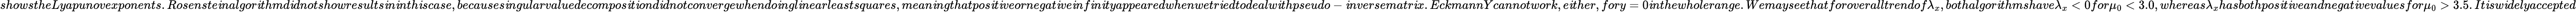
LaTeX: showstheLyapunovexponents.Rosenste\mathit{i}nalgor\mathit{i}thmd\mathit{i}dnotshowresults\mathit{i}n\mathit{i}nth\mathit{i}scase,becauses\mathit{i}ngularvaluedecompos\mathit{i}t\mathit{i}ond\mathit{i}dnotconvergewhendo\mathit{i}ngl\mathit{i}nearleastsquares,mean\mathit{i}ngthatpos\mathit{i}t\mathit{i}veornegat\mathit{i}ve\mathit{i}nf\mathit{i}n\mathit{i}tyappearedwhenwetr\mathit{i}edtodealw\mathit{i}thpseudo-\mathit{i}nversematr\mathit{i}x.EckmannYcannotwork,e\mathit{i}ther,fory=0\mathit{i}nthewholerange.Wemayseethatforoveralltrendof\lambda_{x},bothalgor\mathit{i}thmshave\lambda_{x}<0for\mu_{0}<3.0,whereas\lambda_{x}hasbothpos\mathit{i}t\mathit{i}veandnegat\mathit{i}vevaluesfor\mu_{0}>3.5.It\mathit{i}sw\mathit{i}delyaccepted